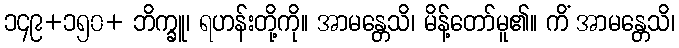
၁၄၉+၁၅၀+ ဘိက္ခူ၊ ရဟန်းတို့ကို။ အာမန္တေသိ၊ မိန့်တော်မူ၏။ ကိံ အာမန္တေသိ၊